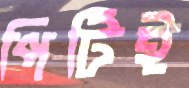
পিটিই